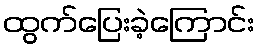
ထွက်ပြေးခဲ့ကြောင်း